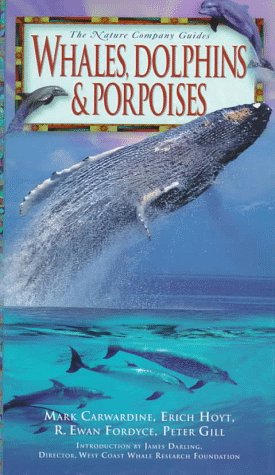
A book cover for Whales, Dolphins & Porpoises (Nature Company Guides); Erich Hoyt; Sports & Outdoors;